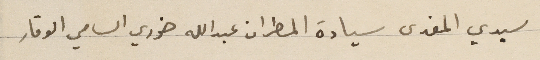
سيدي المفدى سيادة المطران عبدالله خوري السامي الوقار